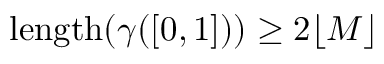
\mathrm { l e n g t h } ( \gamma ( [ 0 , 1 ] ) ) \ge 2 \lfloor M \rfloor